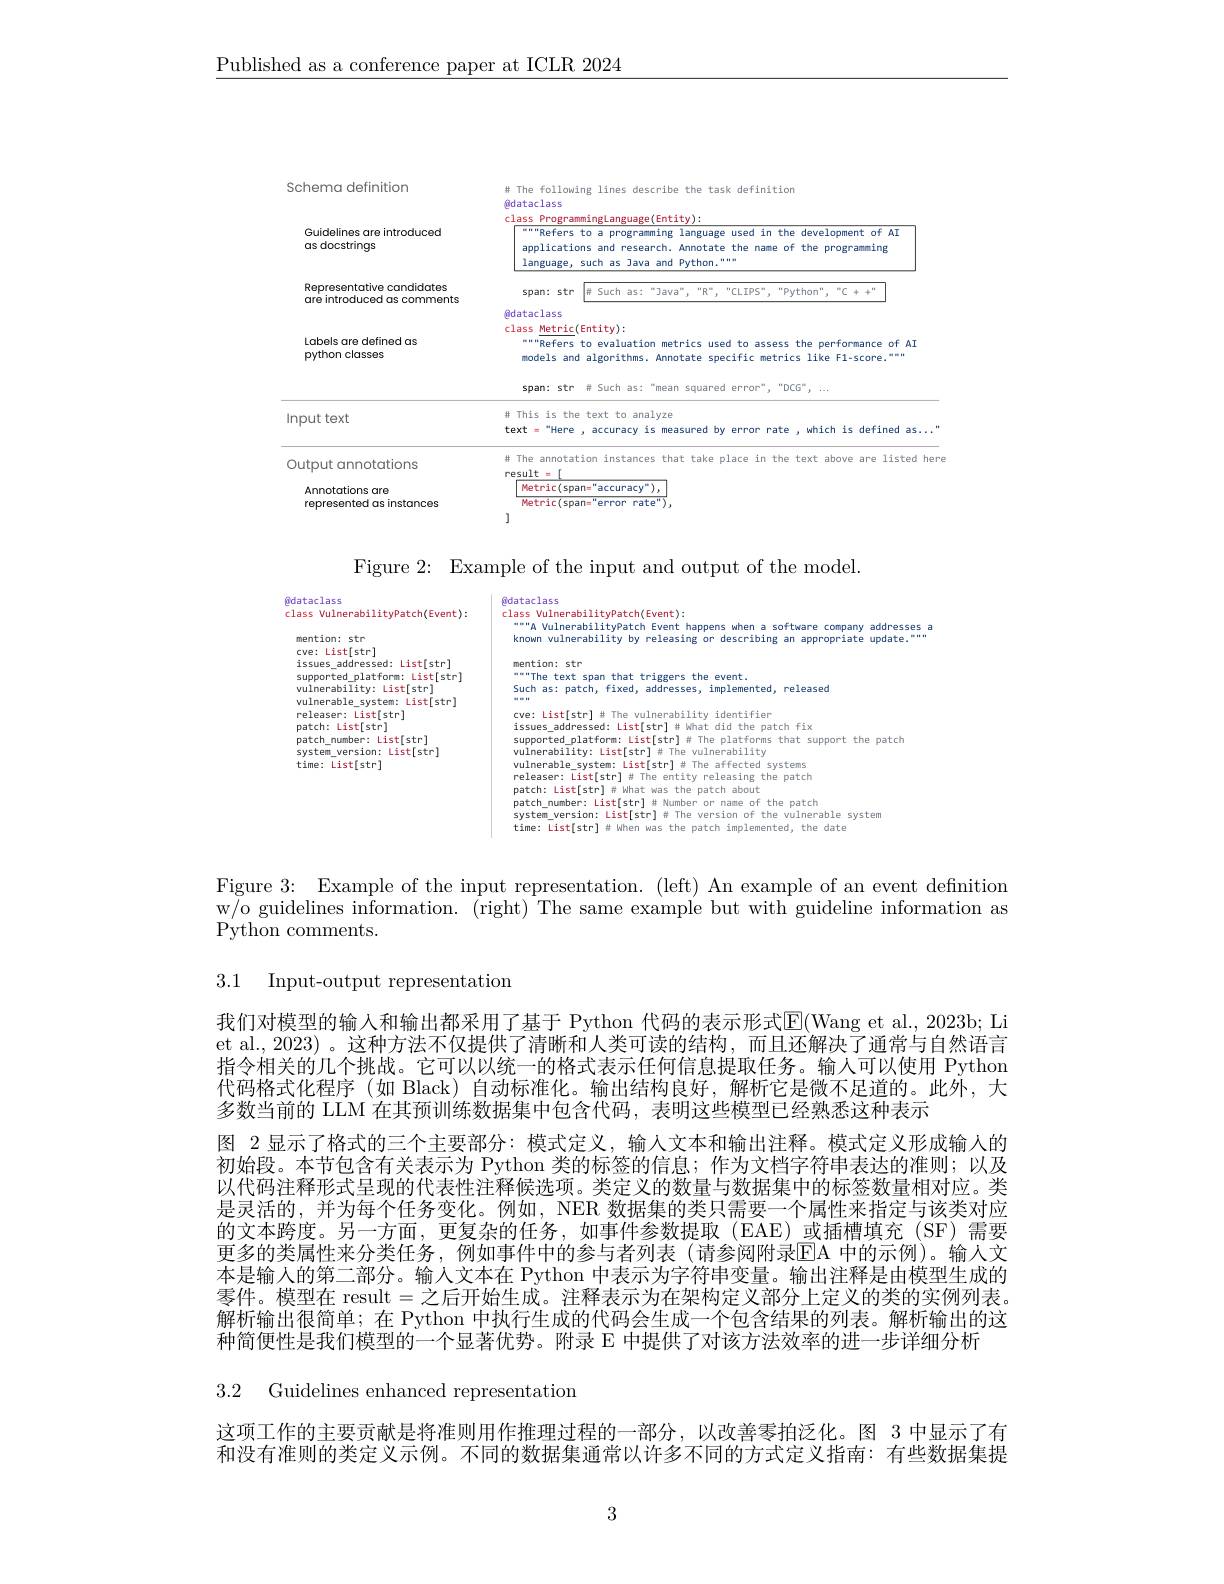
$\underline{\text{Published as a conference paper at ICLR 2024}}$

<FigureHere>

Figure 2: Example of the input and output of the model.

<FigureHere>

Figure 3: Example of the input representation. (left) An example of an event definition w/o guidelines information. (right) The same example but with guideline information as Python comments.

3.1 Input-output representation

我们对模型的输入和输出都采用了基于 Python 代码的表示形式E(Wang et al., 2023b; Li et al., 2023)。这种方法不仅提供了清晰和人类可读的结构，而且还解决了通常与自然语言指令相关的几个挑战。它可以以统一的格式表示任何信息提取任务。输人可以使用 Python 代码格式化程序 (如 Black) 自动标准化。输出结构良好，解析它是微不足道的。此外，大多数当前的 LLM 在其预训练数据集中包含代码，表明这些模型已经熟悉这种表示
图 2 显示了格式的三个主要部分：模式定义，输人文本和输出注释。模式定义形成输入的初始段。本节包含有关表示为 Python 类的标签的信息；作为文档字符串表达的准则；以及以代码注释形式呈现的代表性注释候选项。类定义的数量与数据集中的标签数量相对应。类是灵活的，并为每个任务变化。例如，NER 数据集的类只需要一个属性来指定与该类对应的文本跨度。另一方面，更复杂的任务，如事件参数提取(EAE)或插槽填充(SF)需要更多的类属性来分类任务，例如事件中的参与者列表(请参阅附录$\overline{\mathrm{EA~}}$中的示例)。输人文本是输入的第二部分。输人文本在 Python 中表示为字符串变量。输出注释是由模型生成的零件。模型在 result=之后开始生成。注释表示为在架构定义部分上定义的类的实例列表。解析输出很简单；在 Python 中执行生成的代码会生成一个包含结果的列表。解析输出的这种简便性是我们模型的一个显著优势。附录 E 中提供了对该方法效率的进一步详细分析

3.2 Guidelines enhanced representation

这项工作的主要贡献是将准则用作推理过程的一部分，以改善零拍泛化。图 3 中显示了有和没有准则的类定义示例。不同的数据集通常以许多不同的方式定义指南：有些数据集提

3